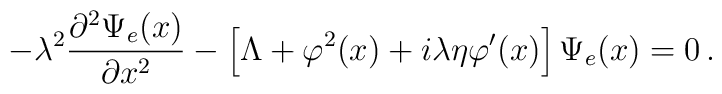
-\lambda^2\frac{\partial^2 \Psi_e(x)}{\partial x^2} -\left[\Lambda + \varphi^2(x) + i\lambda\eta\varphi'(x)\right]\Psi_e(x)= 0\,.